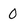
Character: 0